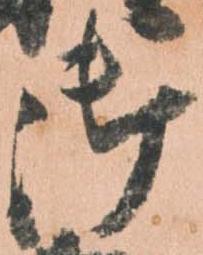
御